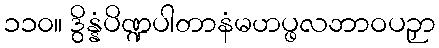
၁၁၀။ ဒွိန္နံပိဏ္ဍပါတာနံမဟပ္ဖလဘာဝပဉှာ